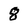
Character: 8